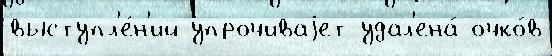
выступл'е́н'ий упрочиваjет удал'ена́ очко́в